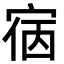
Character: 㝛